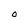
Character: O